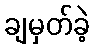
ချမှတ်ခဲ့